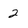
Character: 2